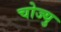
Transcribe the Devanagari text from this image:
चोज्यु